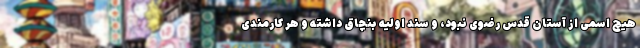
هیچ اسمی از آستان قدس رضوی نبود، و سند اولیه بنچاق داشته و هر کارمندی